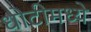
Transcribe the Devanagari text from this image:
धोटीमध्ये